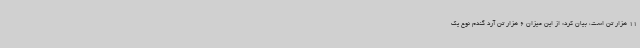
11 هزار تن است، بیان کرد: از این میزان 6 هزار تن آرد گندم نوع یک